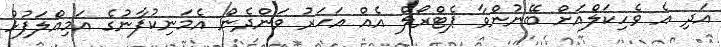
އަދި އެ ވެހިކަލްއަށް ބޭނުންވާ ޕެޓްރޯލް އެއް އަހަރު ވަންދެން އެމަނިކުފާނުގެ އަމިއްލަފުޅު